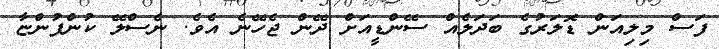
ފަސް މިލިއަން ޑޮލަރުގެ ބަދަލެއް ސޭންޑީއަށް ދޭން ޖެހޭނެ އެެވެ. ނެސްލޭ ކުންފުންޏާ